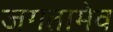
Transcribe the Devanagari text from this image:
जगतामेव